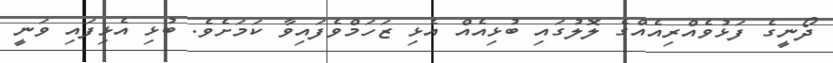
ދޯނީގެ ފަޅުވެއްރިއެއްގެ ލޮލުގައި ބުޅިއެއް އެޅި ޒަހަމްވެފައިވާ ކަމަށެވެ. ބުޅި އެޅިފައި ވަނީ